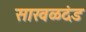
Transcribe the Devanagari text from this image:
साखळदंड